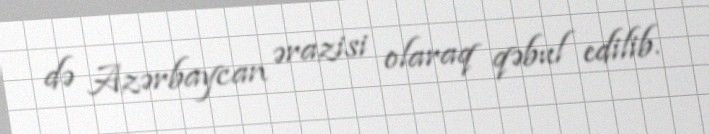
də Azərbaycan ərazisi olaraq qəbul edilib.